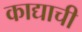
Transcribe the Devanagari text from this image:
काद्याची